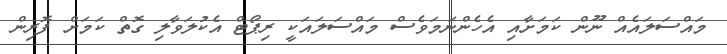
މައްސަލައެއް ނޫން ކަމަށާއި އެހެންނަމަވެސް މައްސަލައަކީ ރިޕޯޓް އެކުލަވާލި ގޮތް ކަމަށް ފޮރިން